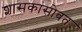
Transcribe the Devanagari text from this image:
शासकांसोबत